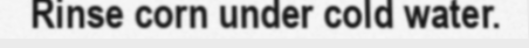
Rinse corn under cold water.